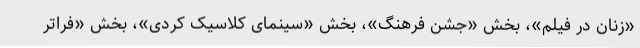
«زنان در فیلم»، بخش «جشن فرهنگ»، بخش «سینمای کلاسیک کُردی»، بخش «فراتر